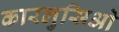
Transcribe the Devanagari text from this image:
कारलुसिओ